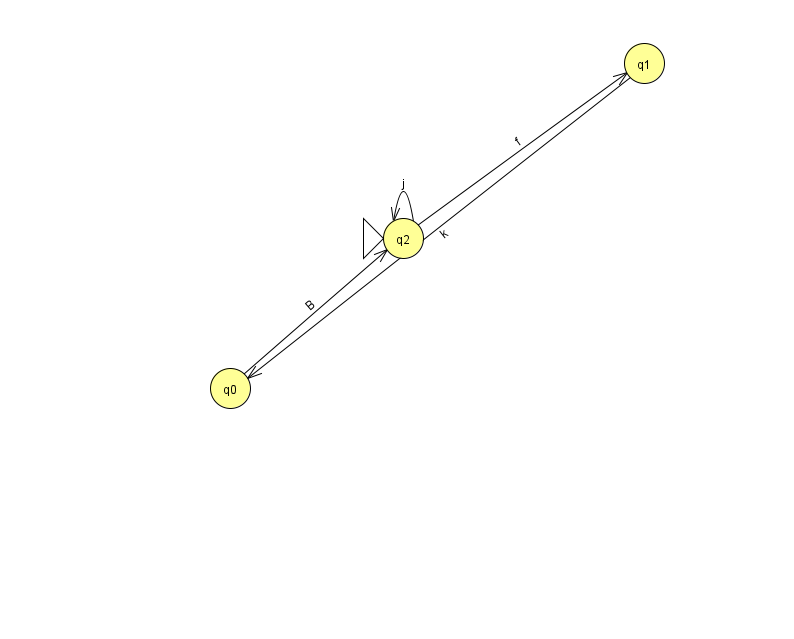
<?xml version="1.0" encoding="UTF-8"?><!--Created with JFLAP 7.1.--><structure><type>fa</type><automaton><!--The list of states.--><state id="0" name="q0"><x>230.0</x><y>375.0</y></state><state id="1" name="q1"><x>644.0</x><y>50.0</y></state><state id="2" name="q2"><x>403.0</x><y>225.0</y><initial/></state><!--The list of transitions.--><transition><from>2</from><to>2</to><read>j</read></transition><transition><from>0</from><to>2</to><read>B</read></transition><transition><from>1</from><to>0</to><read>k</read></transition><transition><from>2</from><to>1</to><read>f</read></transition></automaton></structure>